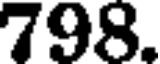
798.